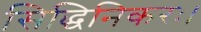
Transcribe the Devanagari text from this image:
सिद्धिनिकरः।